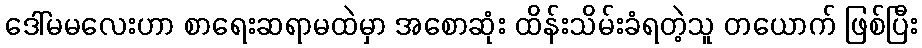
ဒေါ်မမလေးဟာ စာရေးဆရာမထဲမှာ အစောဆုံး ထိန်းသိမ်းခံရတဲ့သူ တယောက် ဖြစ်ပြီး